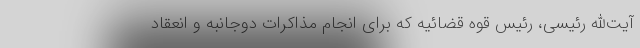
آیت‌الله رئیسی، رئیس قوه قضائیه که برای انجام مذاکرات دوجانبه و انعقاد